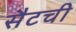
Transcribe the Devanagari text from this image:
सैटची